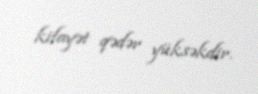
kifayət qədər yüksəkdir.